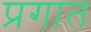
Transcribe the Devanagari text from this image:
प्रगात